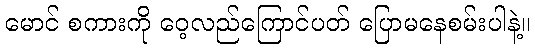
မောင် စကားကို ဝေ့လည်ကြောင်ပတ် ပြောမနေစမ်းပါနဲ့။